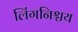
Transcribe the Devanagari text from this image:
लिंगनिश्चय